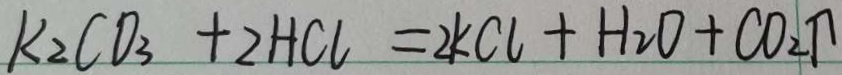
k _ { 2 } C O _ { 3 } + 2 H C l = 2 k C l + H _ { 2 } O + C O _ { 2 } \uparrow